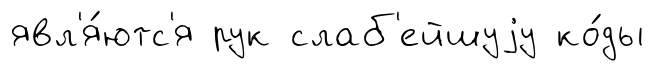
явл'я́ютс'я рук слаб'ейшуjу ко́ды